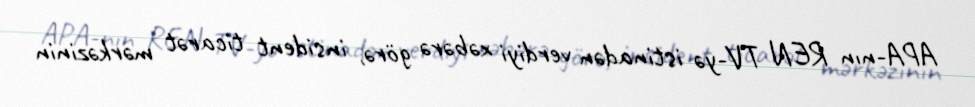
APA-nın REN TV-yə istinadən verdiyi xəbərə görə, insident ticarət mərkəzinin